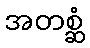
အတစ္ဆံ